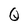
Character: Q